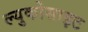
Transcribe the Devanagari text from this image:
ल्युकोसाइट